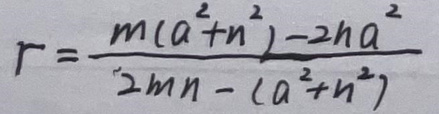
\[ r = \frac{m(a^{2}+n^{2})-2na^{2}}{2mn-(a^{2}+n^{2})} \]